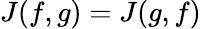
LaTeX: J(f,g)=J(g,f)